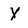
Character: y